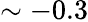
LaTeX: \mathrm{\sim-0.3}